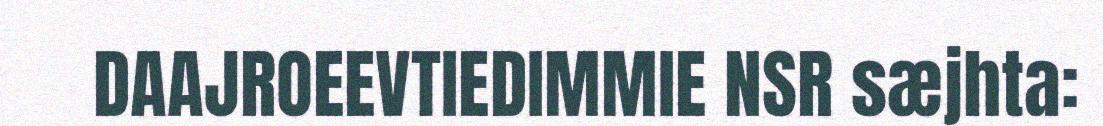
DAAJROEEVTIEDIMMIE NSR sæjhta: